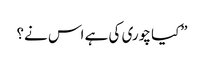
”کیا چوری کی ہے اس نے؟